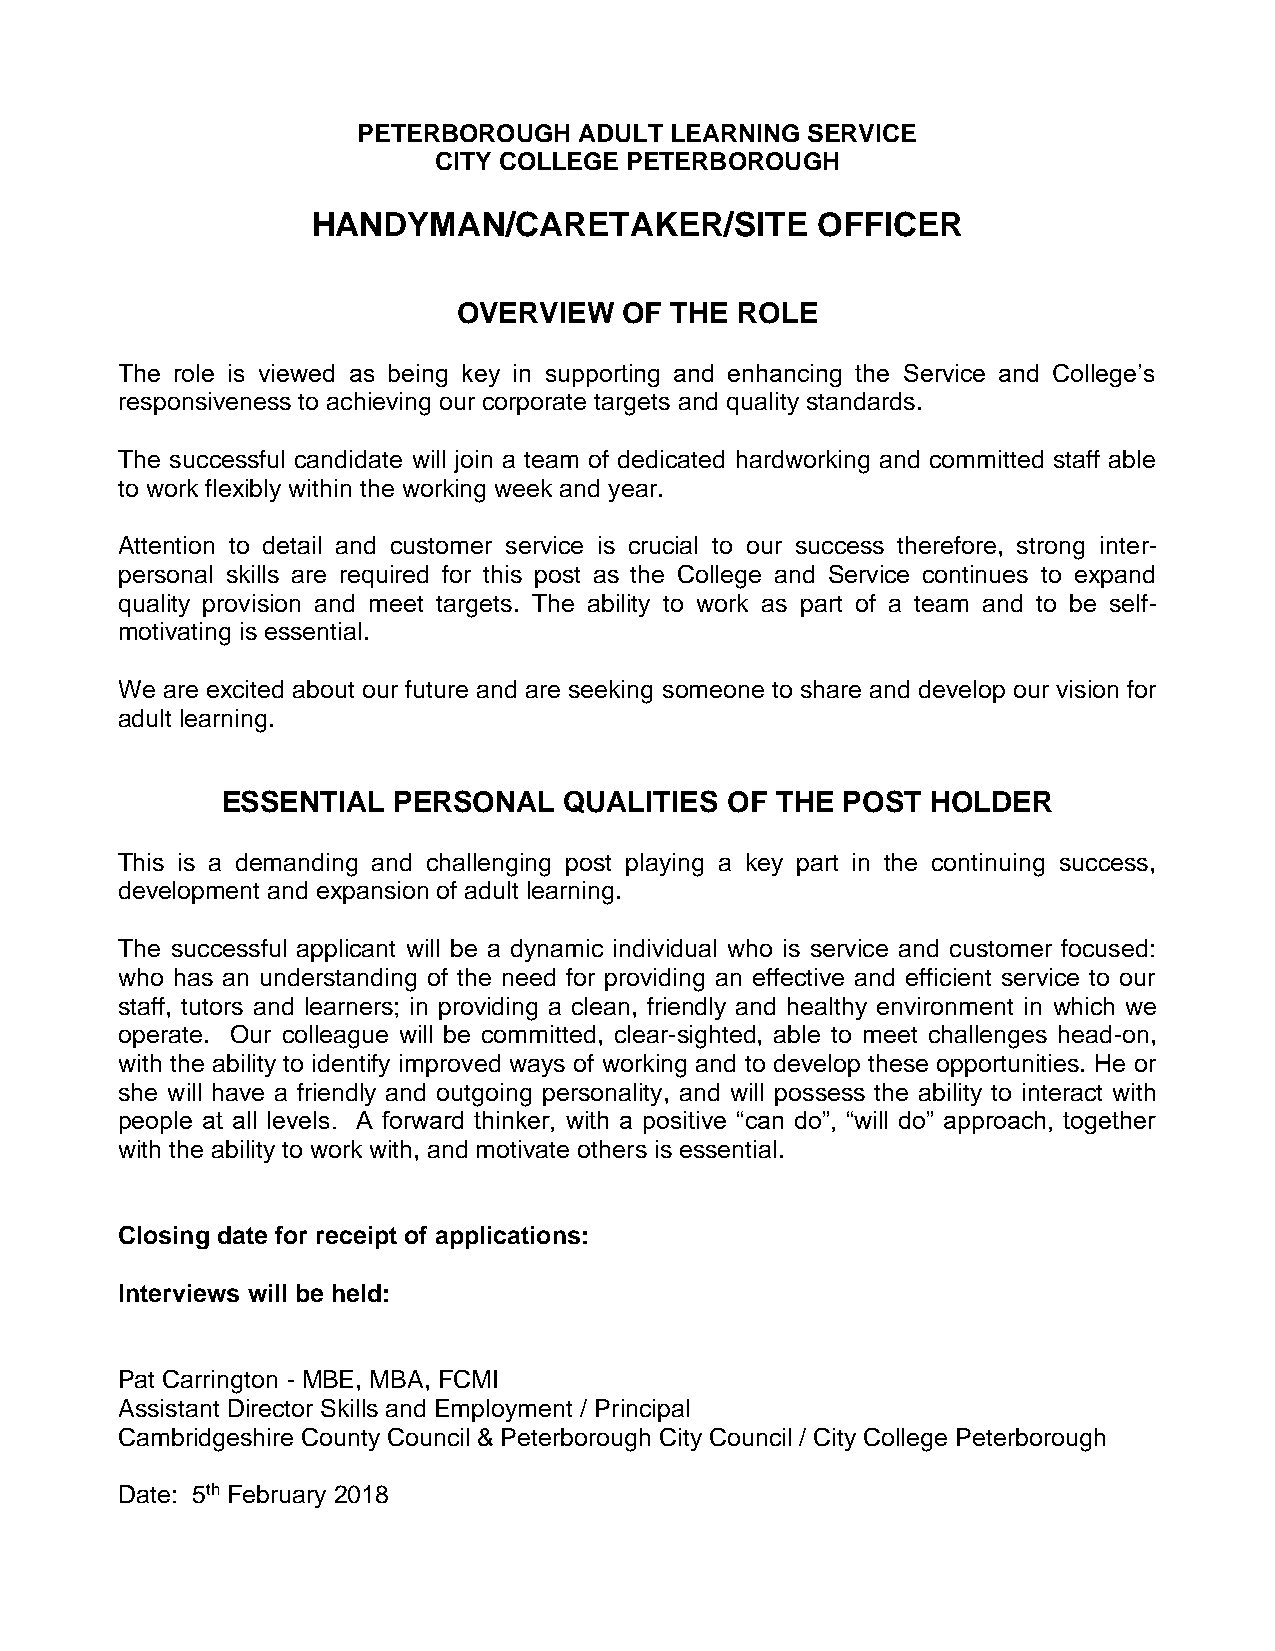
PETERBOROUGH  ADULT LEARNING SERVICE
 CITY COLLEGE PETERBOROUGH
 HANDYMAN/CARETAKER/SITE          OFFICER
 OVERVIEW   OF THE  ROLE
 The role is viewed as being key in supporting and enhancing the Service and College’s
 responsiveness to achieving our corporate targets and quality standards.
 The successful candidate will join a team of dedicated hardworking and committed staff able
 to work flexibly within the working week and year.
 Attention to detail and customer service is crucial to our success therefore, strong inter-
 personal skills are required for this post as the College and Service continues to expand
 quality provision and meet targets. The ability to work as part of a team and to be self-
 motivating is essential.
 We are excited about our future and are seeking someone to share and develop our vision for
 adult learning.
 ESSENTIAL  PERSONAL   QUALITIES  OF THE  POST  HOLDER
 This is a demanding and challenging post playing a key part in the continuing success,
 development and expansion of adult learning.
 The successful applicant will be a dynamic individual who is service and customer focused:
 who has an understanding of the need for providing an effective and efficient service to our
 staff, tutors and learners; in providing a clean, friendly and healthy environment in which we
 operate. Our colleague will be committed, clear-sighted, able to meet challenges head-on,
 with the ability to identify improved ways of working and to develop these opportunities. He or
 she will have a friendly and outgoing personality, and will possess the ability to interact with
 people at all levels. A forward thinker, with a positive “can do”, “will do” approach, together
 with the ability to work with, and motivate others is essential.
 Closing date for receipt of applications:
 Interviews will be held:
 Pat Carrington - MBE, MBA, FCMI
 Assistant Director Skills and Employment / Principal
 Cambridgeshire County Council & Peterborough City Council / City College Peterborough
 Date: 5th February 2018